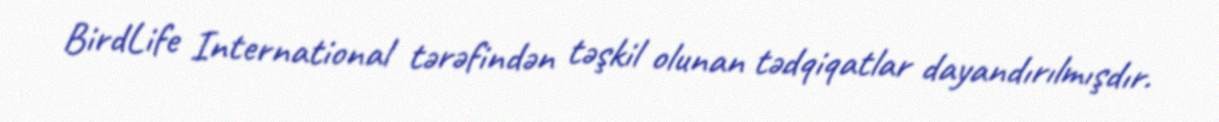
BirdLife International tərəfindən təşkil olunan tədqiqatlar dayandırılmışdır.